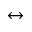
\leftrightarrow